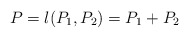
\begin{align*} P=\l(P_1,P_2)=P_1+P_2 \quad\end{align*}